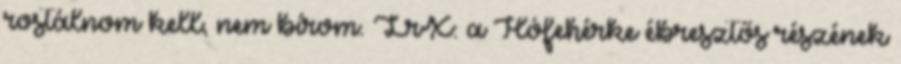
rostálnom kell, nem bírom. LrX: a Hófehérke ébresztős részének